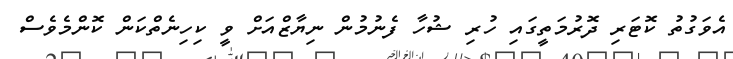
އެވަގުތު ކޮޓަރި ދޮރުމަތީގައި ހުރި ޝުހާ ފެނުމުން ނިޔާޒްއަށް ވީ ކިހިނެތްކަން ކޮންމެވެސް